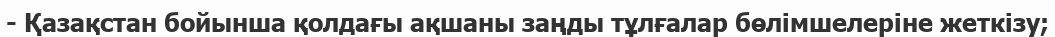
- Қазақстан бойынша қолдағы ақшаны заңды тұлғалар бөлімшелеріне жеткізу;